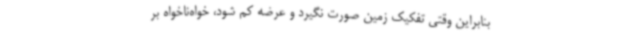
بنابراین وقتی تفکیک زمین صورت نگیرد و عرضه کم شود، خواه‌ناخواه بر